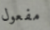
مفعول